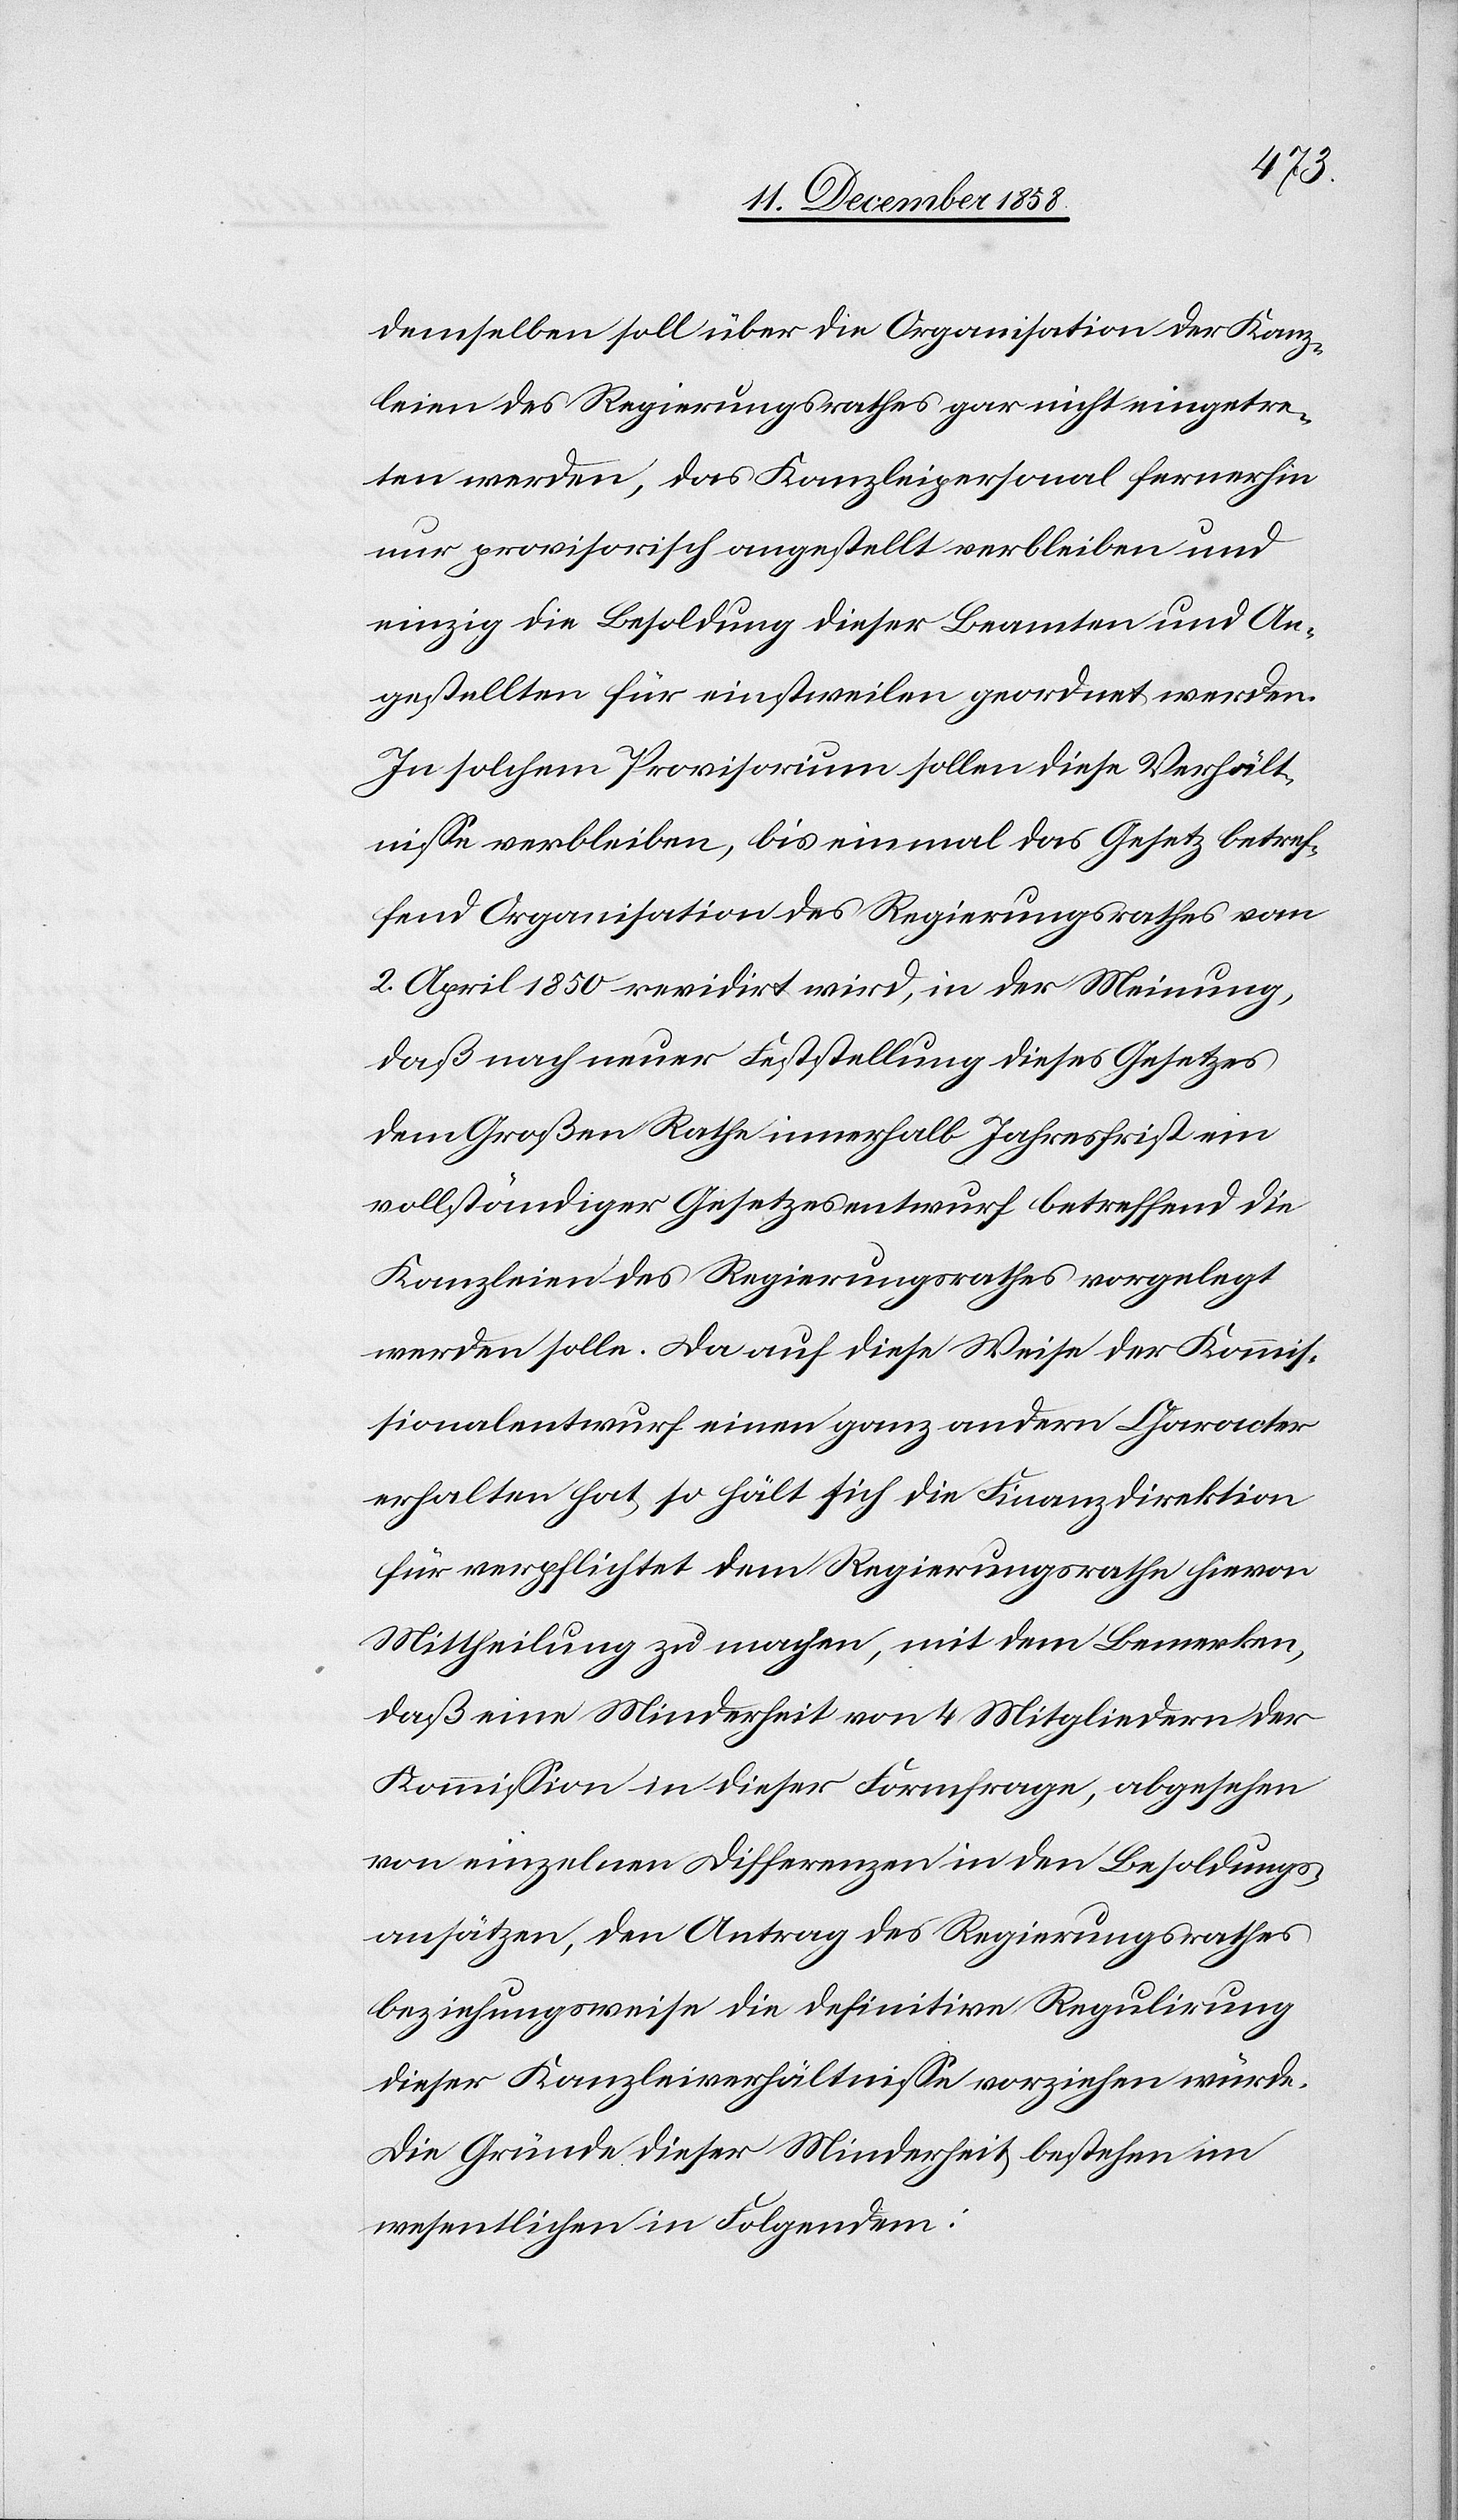
demselben soll über die Organisation der Kanz¬
leien des Regierungsrathes gar nicht eingetre¬
ten werden, das Kanzleipersonal fernerhin
nur provisorisch angestellt verbleiben und
einzig die Besoldung dieser Beamten und An¬
gestellten für einstweilen geordnet werden.
In solchem Provisorium sollen diese Verhält¬
nisse verbleiben, bis einmal das Gesetz betref¬
fend Organisation des Regierungsrathes vom
2. April 1850 revidirt wird, in der Meinung,
daß nach neuer Feststellung dieses Gesetzes
dem Großen Rathe innerhalb Jahresfrist ein
vollständiger Gesetzesentwurf betreffend die
Kanzleien des Regierungsrathes vorgelegt
werden solle. Da auf diese Weise der Kommis¬
sionalentwurf einen ganz andern Character
erhalten hat, so hält sich die Finanzdirektion
für verpflichtet dem Regierungsrathe hievon
Mittheilung zu machen, mit dem Bemerken,
daß eine Minderheit von 4 Mitgliedern der
Kommission in dieser Formfrage, abgesehen
von einzelnen Differenzen in den Besoldungs¬
ansätzen, den Antrag des Regierungsrathes
beziehungsweise die definitive Regulirung
dieser Kanzleiverhältnisse vorziehen würde.
Die Gründe dieser Minderheit bestehen im
wesentlichen in Folgendem: